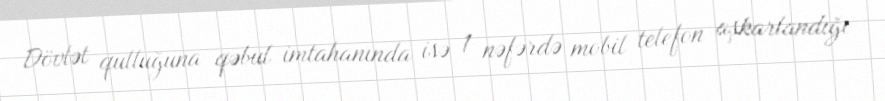
Dövlət qulluğuna qəbul imtahanında isə 1 nəfərdə mobil telefon aşkarlandığı